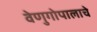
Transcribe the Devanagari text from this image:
वेणुगोपालाचे